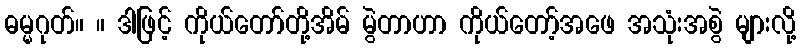
ဓမ္မဂုတ်။ ။ ဒါဖြင့် ကိုယ်တော်တို့အိမ် မွဲတာဟာ ကိုယ်တော့်အဖေ အသုံးအစွဲ များလို့